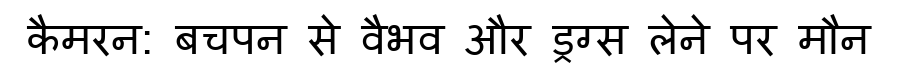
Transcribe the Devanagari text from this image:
कैमरन: बचपन से वैभव और ड्रग्स लेने पर मौन